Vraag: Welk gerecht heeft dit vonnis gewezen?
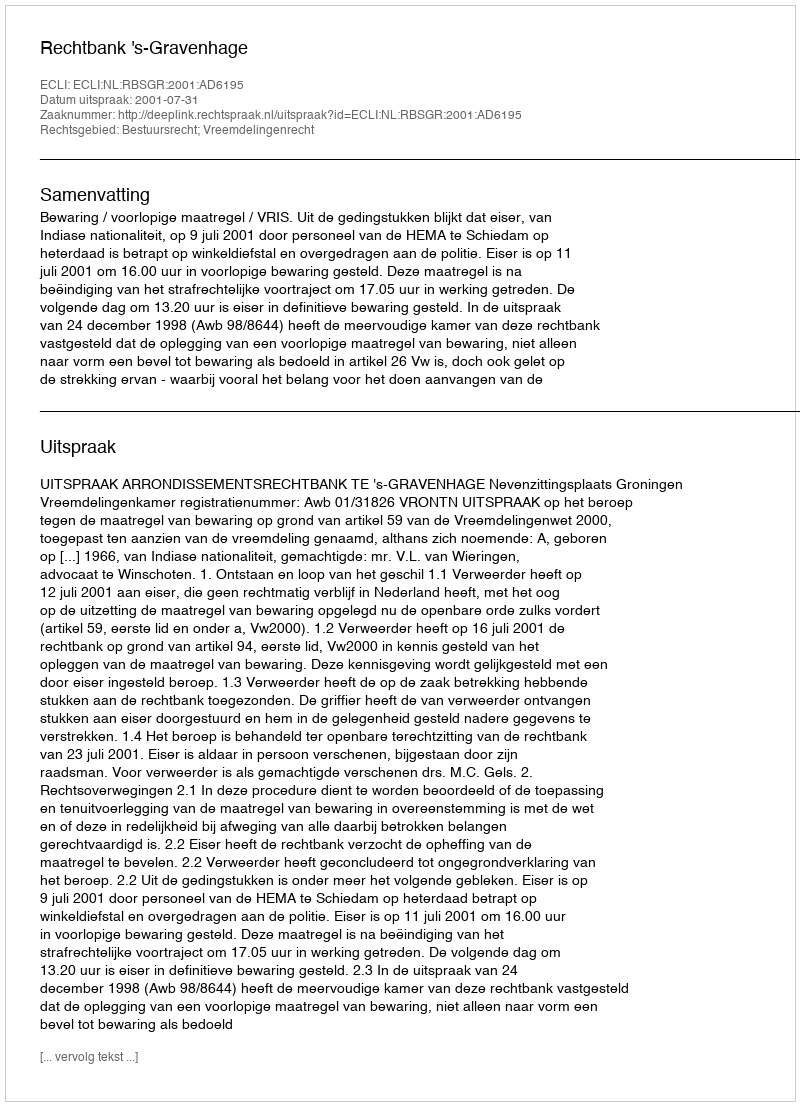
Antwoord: Rechtbank 's-Gravenhage